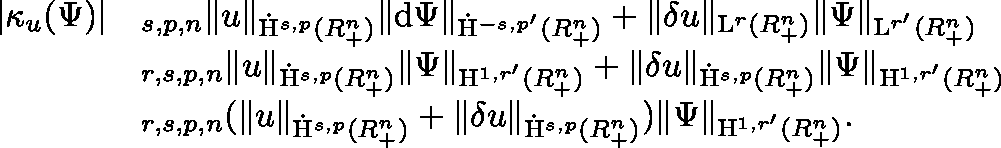
\begin{array} { r l } { \lvert \kappa _ { u } ( \Psi ) \rvert } & { \lesssim _ { s , p , n } \lVert u \rVert _ { \dot { \mathrm { H } } ^ { s , p } ( \mathbb { R } _ { + } ^ { n } ) } \lVert \mathrm { d } \Psi \rVert _ { \dot { \mathrm { H } } ^ { - s , p ^ { \prime } } ( \mathbb { R } _ { + } ^ { n } ) } + \lVert \mathbf { \delta } u \rVert _ { { \mathrm { L } } ^ { r } ( \mathbb { R } _ { + } ^ { n } ) } \lVert \Psi \rVert _ { { \mathrm { L } } ^ { r ^ { \prime } } ( \mathbb { R } _ { + } ^ { n } ) } } \\ & { \lesssim _ { r , s , p , n } \lVert u \rVert _ { \dot { \mathrm { H } } ^ { s , p } ( \mathbb { R } _ { + } ^ { n } ) } \lVert \Psi \rVert _ { { \mathrm { H } } ^ { 1 , r ^ { \prime } } ( \mathbb { R } _ { + } ^ { n } ) } + \lVert \mathbf { \delta } u \rVert _ { \dot { \mathrm { H } } ^ { s , p } ( \mathbb { R } _ { + } ^ { n } ) } \lVert \Psi \rVert _ { { \mathrm { H } } ^ { 1 , r ^ { \prime } } ( \mathbb { R } _ { + } ^ { n } ) } } \\ & { \lesssim _ { r , s , p , n } ( \lVert u \rVert _ { \dot { \mathrm { H } } ^ { s , p } ( \mathbb { R } _ { + } ^ { n } ) } + \lVert \mathbf { \delta } u \rVert _ { \dot { \mathrm { H } } ^ { s , p } ( \mathbb { R } _ { + } ^ { n } ) } ) \lVert \Psi \rVert _ { { \mathrm { H } } ^ { 1 , r ^ { \prime } } ( \mathbb { R } _ { + } ^ { n } ) } \mathrm { . ~ } } \end{array}